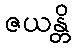
ဇယန္တိ